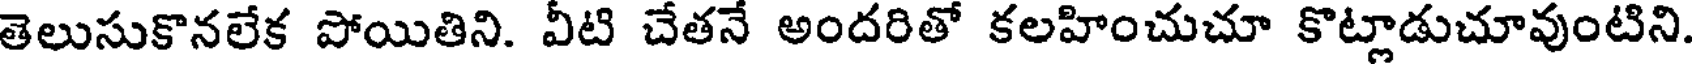
తెలుసుకొనలేక పోయితిని. వీటి చేతనే అందరితో కలహించుచూ కొట్లాడుచూవుంటిని.